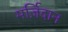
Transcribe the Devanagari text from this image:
मर्ज़िदान